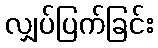
လျှပ်ပြက်ခြင်း